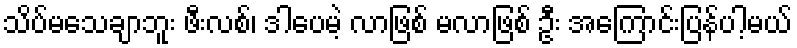
သိပ်မသေချာဘူး ဖီးလစ်၊ ဒါပေမဲ့ လာဖြစ် မလာဖြစ် ဦး အကြောင်းပြန်ပါ့မယ်